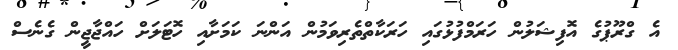
އެ ގްރޫޕުގެ އޮފިޝަލުން ހަރަމްފުޅުގައި ހަރަކާތްތެރިވަމުން އަންނަ ކަމަށާއި ހޮޓަލަށް ހައްޖާޖީން ގެނެސް